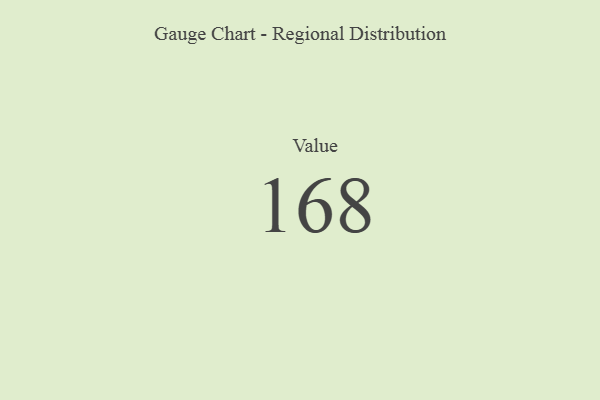
{"axis": {"x": "Metric", "y": "Value"}, "legend": [""], "data": [{"x": "Value", "y": 168, "type": ""}]}